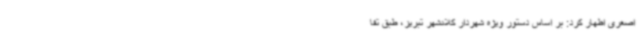
اصغری اظهار کرد: بر اساس دستور ویژه شهردار کلانشهر تبریز، طبق تفا